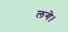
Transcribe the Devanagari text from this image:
लगे।